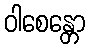
ဝါစေန္တော